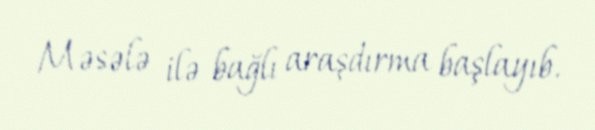
Məsələ ilə bağlı araşdırma başlayıb.